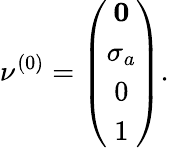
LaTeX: \nu^{(0)}=\left(\begin{array}{ccc}{{{\mathbf 0}}}\\ {{\sigma_{a}}}\\ {{0}}\\ {{1}}\end{array}\right).